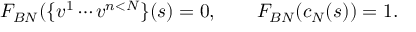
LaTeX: F _ { B N } ( \{ v ^ { 1 } \cdots v ^ { n < N } \} ( s ) = 0 , \qquad F _ { B N } ( c _ { N } ( s ) ) = 1 .